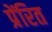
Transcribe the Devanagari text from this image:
प्रेंरित